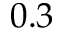
0 . 3